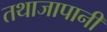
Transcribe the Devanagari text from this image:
तथाजापानी